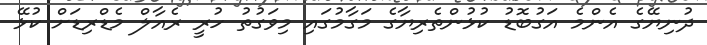
ދުނިޔޭގެ އެންމެ އަގުބޮޑު ކުޅުންތެރިޔާގެ މަގާމުގައި މިވަގުތު ހުރީ ރެއާލް މެޑްރިޑަށް ކުޅޭ